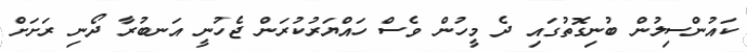
ކައުންސިލުން ބުނިގޮތުގައި ދެ މީހުން ވެސް ހައްޔަރުކުރަން ޖެހުނީ އަނބުރާ ދޯނި ރަށަށް